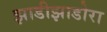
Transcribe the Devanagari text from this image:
झाडीझाडोरा